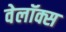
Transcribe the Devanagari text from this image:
वेलॉक्स